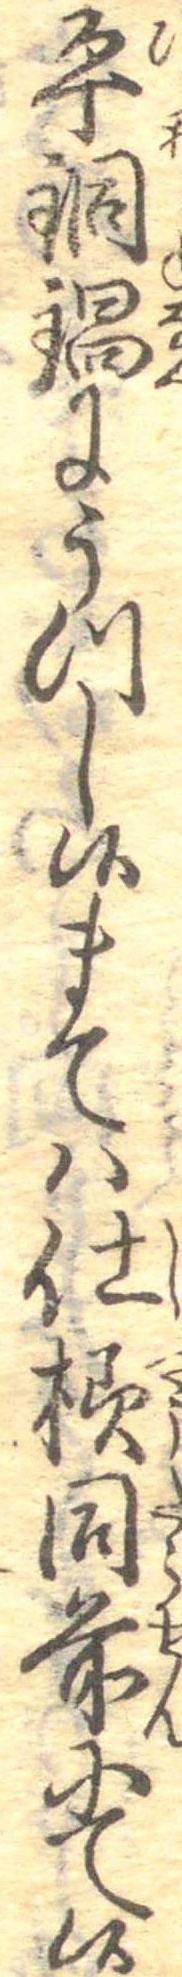
平銅鍋にうつし候まては仕様同前にて候